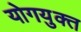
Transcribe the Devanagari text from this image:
योगयुक्त